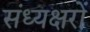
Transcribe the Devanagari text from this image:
संध्यक्षरों